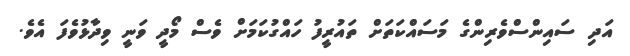
އަދި ސައިންސްވެރިންގެ މަސައްކަތަށް ތައުރީފު ހައްގުކަމަށް ވެސް މޯދީ ވަނީ ވިދާޅުވެފަ އެވެ.